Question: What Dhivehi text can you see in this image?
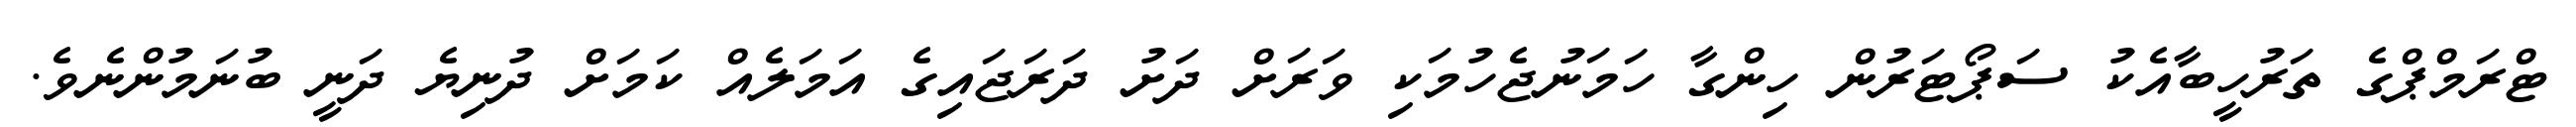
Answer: ޓްރަމްޕްގެ ތަރުހީބާއެކު ސަޕޯޓަރުން ހިންގާ ހަމަނުޖެހުމަކި ވަރަށް ދަށު ދަރަޖައިގެ އަމަލެއް ކަމަށް ދުނިޔެ ދަނީ ބުނަމުންނެވެ.